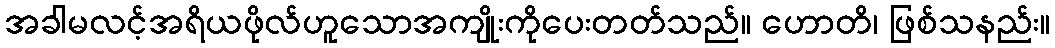
အခါမလင့်အရိယဖိုလ်ဟူသောအကျိုးကိုပေးတတ်သည်။ ဟောတိ၊ ဖြစ်သနည်း။